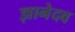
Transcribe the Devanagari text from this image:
ज्ञानेदव